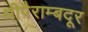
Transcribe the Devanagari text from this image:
श्रीपैराम्बदूर